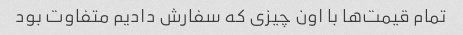
تمام قیمت‌ها با اون چیزی که سفارش دادیم متفاوت بود